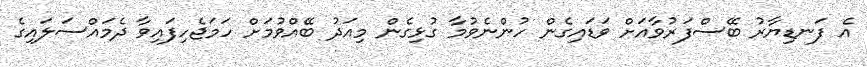
އެ ފަނޑިޔާރު ބޭސްފަރުވާއަށް ވަޑައިގެން ހުންނެވުމާ ގުޅިގެން މިއަދު ބޭއްވުމަށް ހަމަޖެހިފައިވާ ދެމައްސަލައިގެ